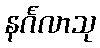
နင်္ဂလာသု